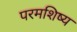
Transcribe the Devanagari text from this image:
परमशिष्य